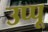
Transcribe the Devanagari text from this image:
उप्पू